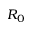
R _ { 0 }